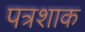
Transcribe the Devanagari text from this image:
पत्रशाक